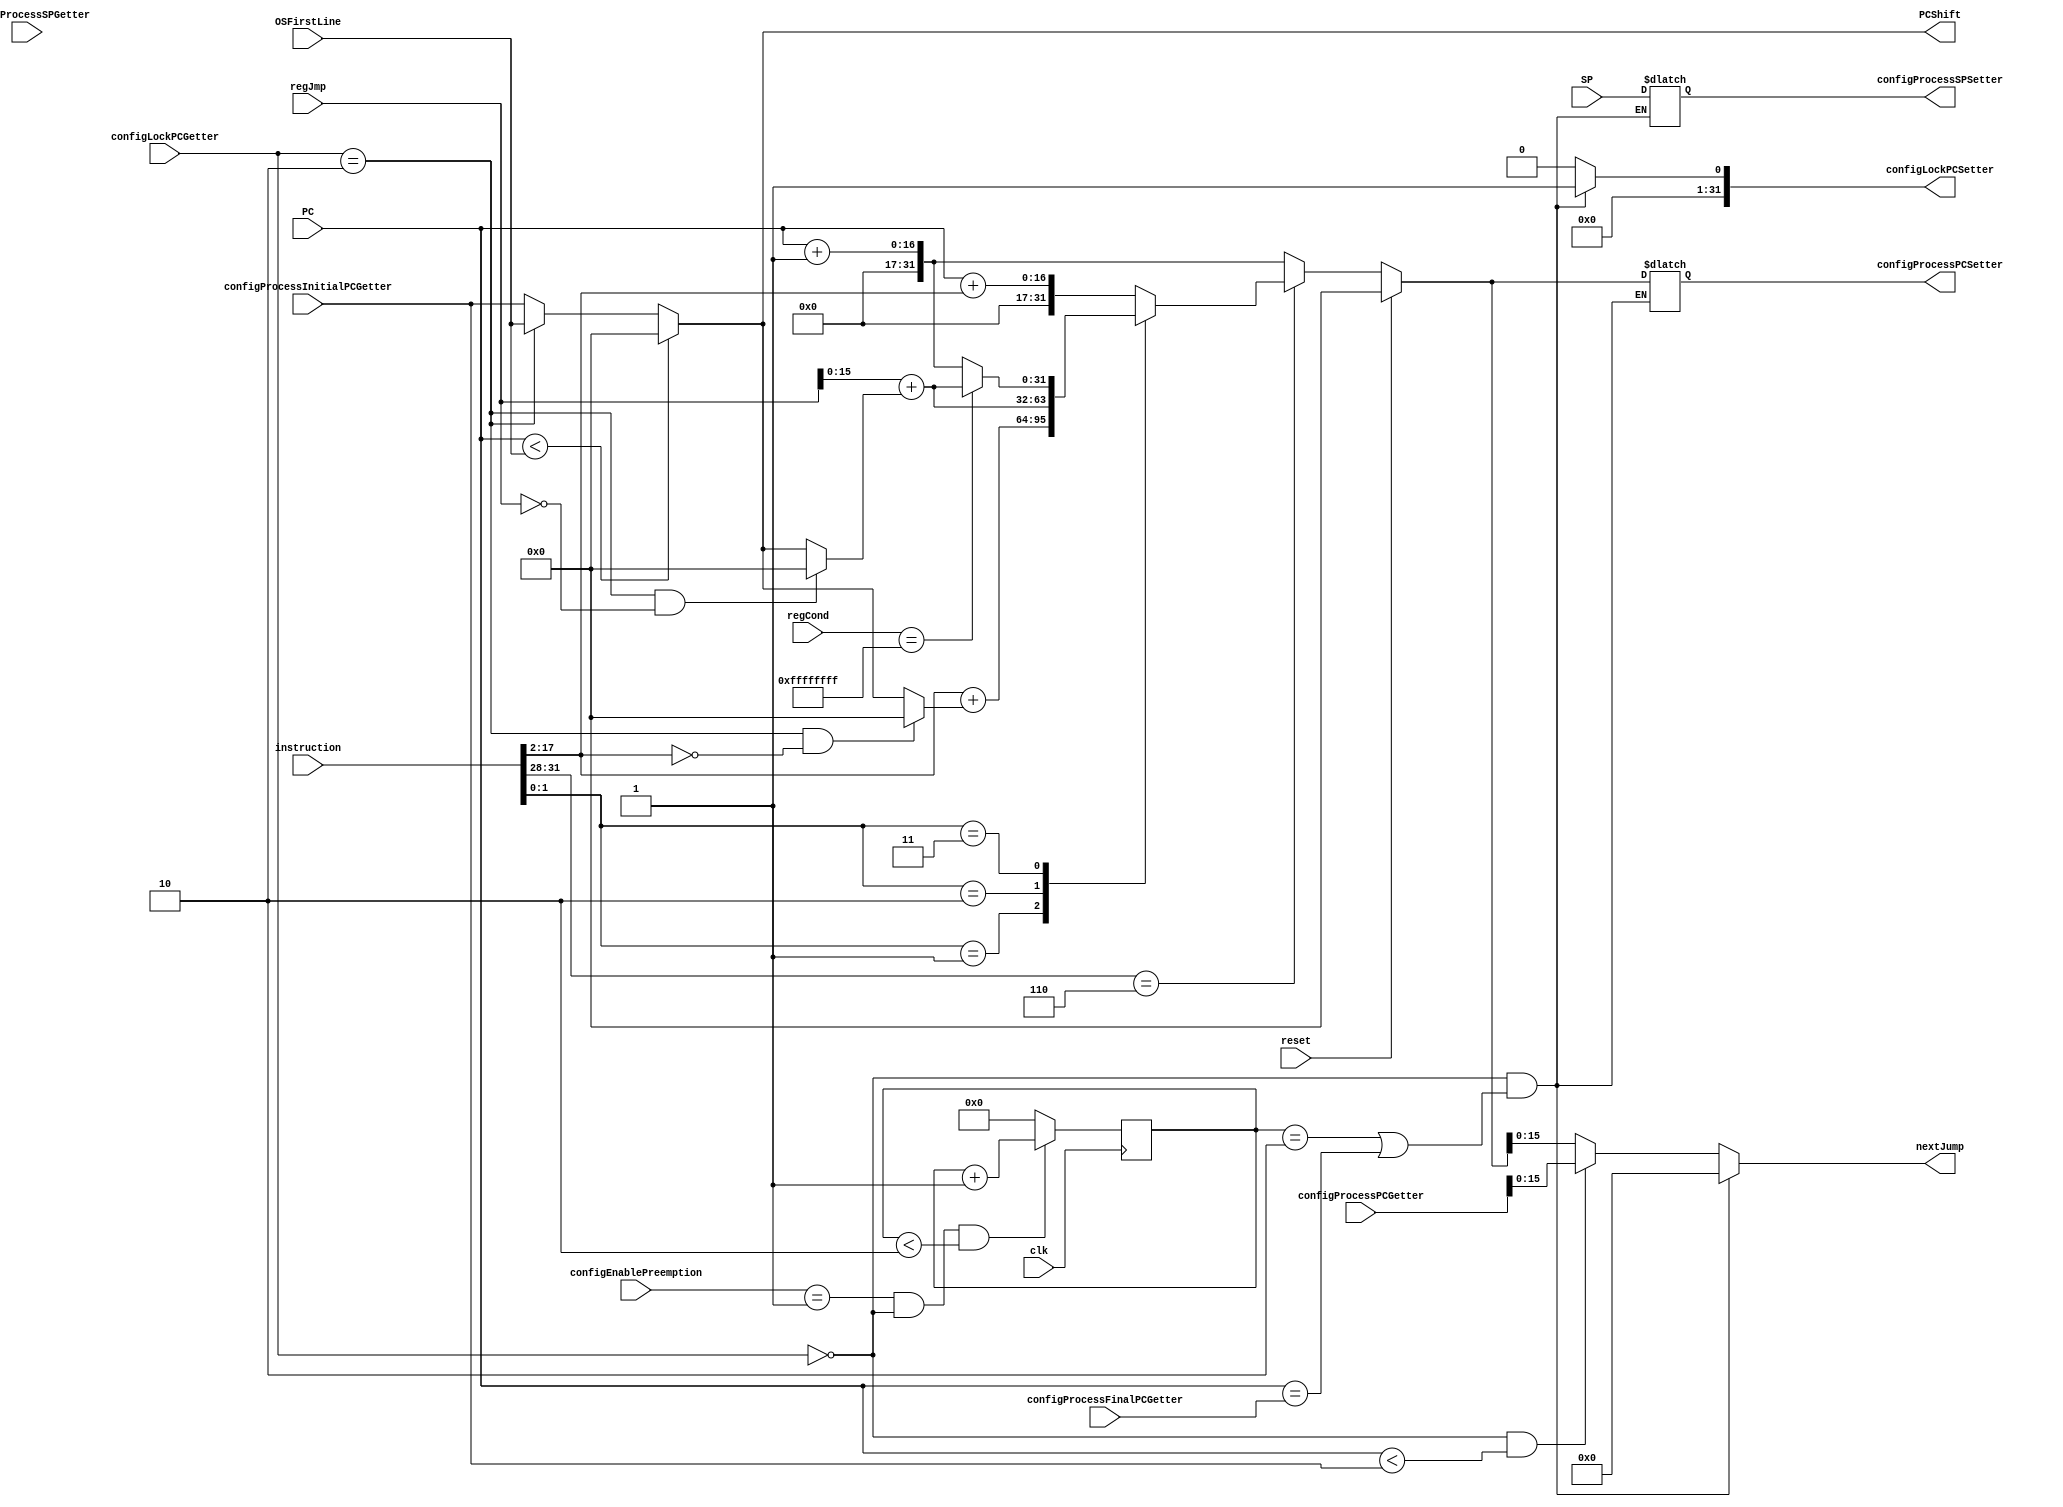
module nextJumpController
#(parameter TAM_PC = 16)
(
	input wire  reset,
	input wire  [31:0] instruction,
	input wire  [(TAM_PC-1):0] PC,
	input wire  [31:0] regJmp, regCond,
	output wire [(TAM_PC-1):0] nextJump,
	output wire [31:0] PCShift,
	input wire [31:0] SP,
	input wire  clk,
	input wire [31:0] OSFirstLine,
	// config
	input wire [31:0] configLockPCGetter,
	input wire [31:0] configProcessInitialPCGetter,
	input wire [31:0] configProcessFinalPCGetter,
	input wire [31:0] configProcessPCGetter,
	input wire [31:0] configProcessSPGetter,
	input wire [31:0] configEnablePreemption,
	output wire [31:0] configProcessPCSetter,
	output wire [31:0] configProcessSPSetter,
	output wire [31:0] configLockPCSetter
);

reg [(TAM_PC-1):0] auxJump;
assign nextJump = auxJump;

reg [3:0] opcode;
reg [1:0] T;

reg [9:0] countQuantum;
parameter QUANTUM = 2;
reg [31:0] regConfigProcessPCSetter;
reg [31:0] regConfigProcessSPSetter;
reg [31:0] regConfigLockPCSetter;
assign configProcessPCSetter = regConfigProcessPCSetter;
assign configProcessSPSetter = regConfigProcessSPSetter;
assign configLockPCSetter = regConfigLockPCSetter;
initial regConfigLockPCSetter = 1;

assign PCShift = (PC < OSFirstLine) ? 0 : (configLockPCGetter == 2 ? OSFirstLine : configProcessInitialPCGetter);

reg [31:0] auxNextPC;

always @ (regJmp or regCond or PC) begin
	if (reset) auxNextPC = 16'b0000000000000000;
	else begin
		opcode = instruction[31:28];
		T = instruction[1:0];
		
		if (opcode == 4'b0110) begin
			case (T)
				2'b00: auxNextPC = PC + instruction[(TAM_PC-1+2):2];
				2'b01: auxNextPC = instruction[(TAM_PC-1+2):2] + ((configLockPCGetter == 2 && instruction[(TAM_PC-1+2):2] == 0) ? 0 : PCShift);
				2'b10: auxNextPC = regJmp[(TAM_PC-1):0] + ((configLockPCGetter == 2 && regJmp == 0) ? 0 : PCShift);
				2'b11: auxNextPC = regCond == {32{1'b1}} ? regJmp[(TAM_PC-1):0] + ((configLockPCGetter == 2 && regJmp == 0) ? 0 : PCShift) : {16'b0, PC + 1};
				default: auxNextPC = {16'b0, PC + 1};
			endcase
		end else auxNextPC = {16'b0, PC + 1};
	end

	if (configLockPCGetter == 0 && ((countQuantum == QUANTUM) || PC == configProcessFinalPCGetter)) begin // OR PC = finalPC
		regConfigProcessPCSetter = auxNextPC; // guardar PC atual no endereco de configuracao de ProcessPC
		regConfigProcessSPSetter = SP; // guardar SP atual no endereco de configuracao de ProcessSP
		regConfigLockPCSetter = 1; // travar o PC
		auxJump = 32'b0; // redirecionar PC para STORE_LOAD
	end
	else if (configLockPCGetter == 0 && PC < configProcessInitialPCGetter) begin
		regConfigLockPCSetter = 0;
		auxJump = configProcessPCGetter; // quando voltar da preempcao, continuar de onde parou
	end else begin
		regConfigLockPCSetter = 0;
		auxJump = auxNextPC;
	end	
end

always @ (posedge clk) begin
	if (configEnablePreemption == 1 && configLockPCGetter == 0 && countQuantum < QUANTUM) countQuantum = countQuantum + 1;
	else countQuantum = 0;
end

endmodule